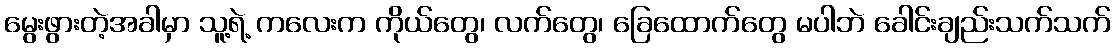
မွေးဖွားတဲ့အခါမှာ သူ့ရဲ့ ကလေးက ကိုယ်တွေ၊ လက်တွေ၊ ခြေထောက်တွေ မပါဘဲ ခေါင်းချည်းသက်သက်